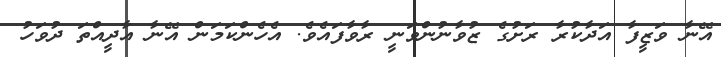
އޭނާ ވަޒީފާ އަދާކުރާ ރަށުގެ ޒުވާނުންވަނީ ރާވާފައެވެ. އެހެންކަމަން އޭނާ އާދީއްތަ ދުވަހު